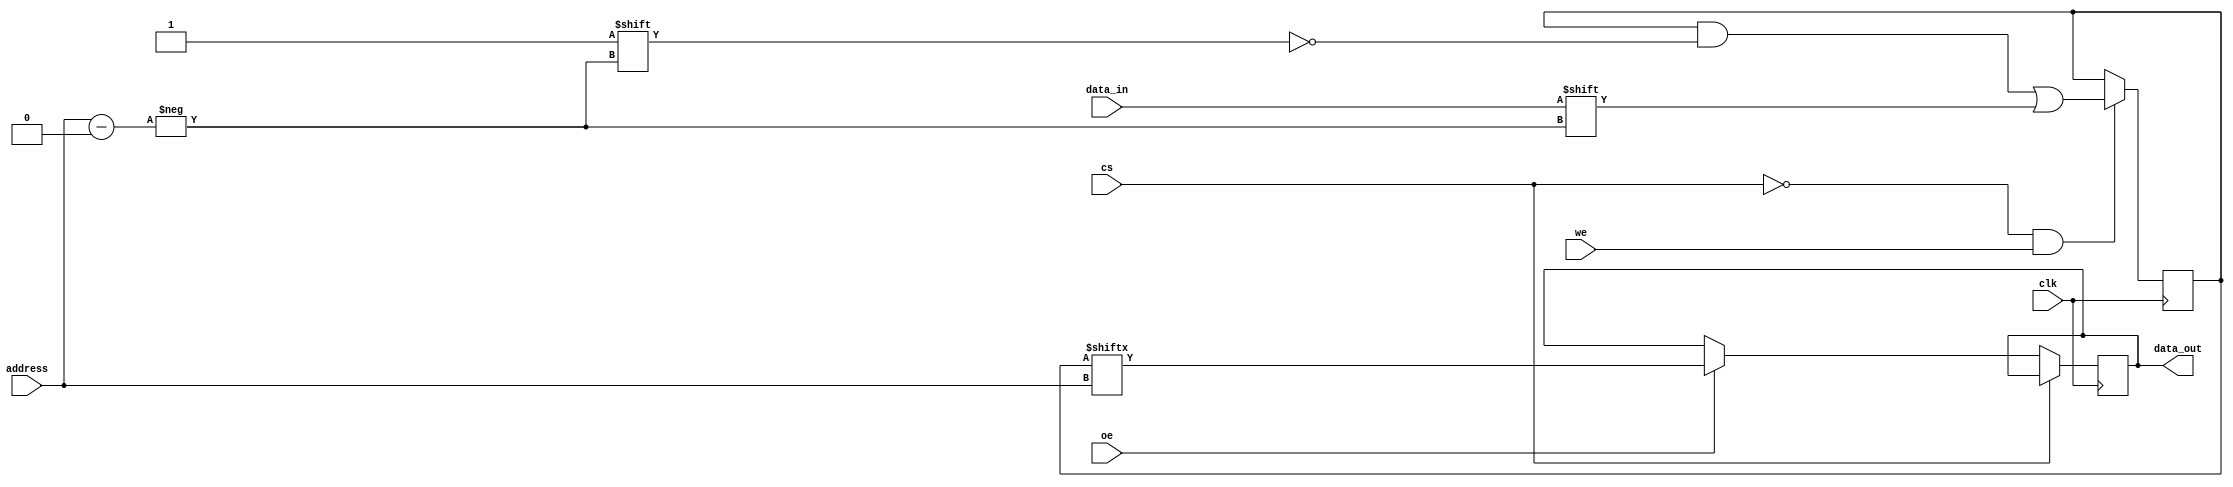
module SLC_EEPROM (
    input wire clk,           // Clock signal
    input wire cs,            // Chip select signal
    input wire we,            // Write enable signal
    input wire oe,            // Output enable signal
    input wire [7:0] address, // Memory address for read/write
    input wire data_in,       // Data input for write operation
    output reg data_out       // Data output for read operation
);

// Memory array (for example, 256 x 1-bit SLC EEPROM)
reg [255:0] memory;

// Process for Reading
always @(posedge clk)
begin
    if (cs == 1'b0) begin // Chip select active
        if (oe == 1'b1) begin // Output enabled
            data_out <= memory[address]; // Read operation
        end
    end
end

// Process for Writing
always @(posedge clk)
begin
    if (cs == 1'b0 && we == 1'b1) begin // Chip select and write enabled
        memory[address] <= data_in; // Write operation
    end
end

endmodule